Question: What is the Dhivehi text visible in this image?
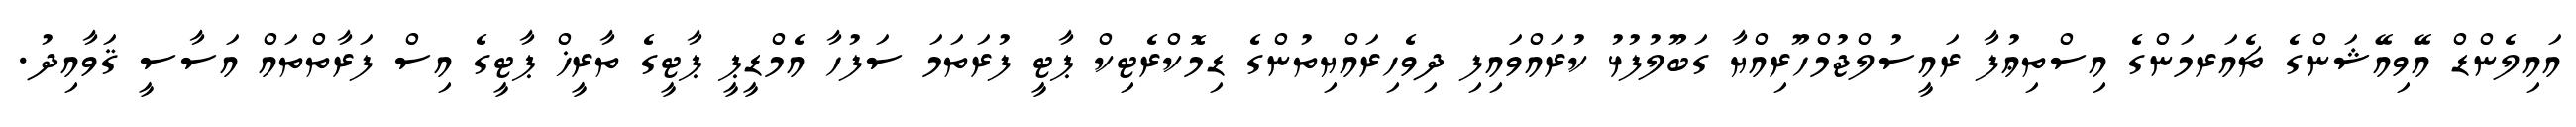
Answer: އައިލެންޑް އޭވިއޭޝަންގެ ޗެއަރމަންގެ އިސްތިޢުފާ ރައީސުލްޖުމްހޫރިއްޔާ ގަބޫލުފުޅު ކުރައްވައިފި ދިވެހިރައްޔިތުންގެ ޑިމޮކްރެޓިކް ޕާޓީ ފުރަތަމަ ސަފުހާ އެމްޑީޕީ ޕާޓީގެ ތާރީޚް ޕާޓީގެ އިސް ފަރާތްތައް އަސާސީ ޤަވާއިދު.